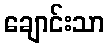
ချောင်းသာ